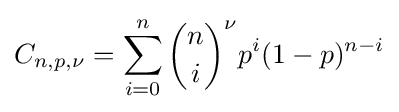
C_{n,p,\nu }=\sum _{i=0}^{n}{\binom {n}{i}}^{\nu }p^{i}(1-p)^{n-i}